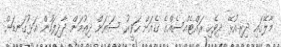
މާލޭގައި ދިރިއުޅޭ ދިވެހި ރައްޓެއްސެއްގެ ގެއަށް ހަވީރު ސަޔަށް ދިއުމަށް ދާދިފަހުން އަޅުގަނޑަށް